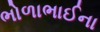
ભોળાભાઈના